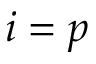
i = p